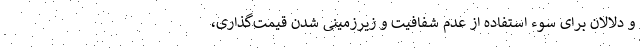
و دلالان برای سوء استفاده از عدم شفافیت و زیرزمینی شدن قیمت‌گذاری،